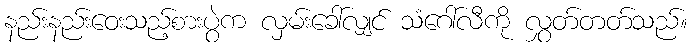
နည်းနည်းဝေးသည့်စားပွဲက လှမ်းခေါ်လျှင် သံဂေါ်လီကို လွှတ်တတ်သည်။